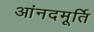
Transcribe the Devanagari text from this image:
आंनदमूर्ति